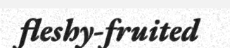
fleshy-fruited